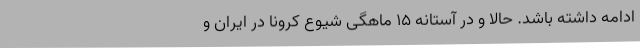
ادامه داشته باشد. حالا و در آستانه ۱۵ ماهگی شیوع کرونا در ایران و